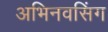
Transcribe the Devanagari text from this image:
अभिनवसिंग